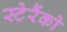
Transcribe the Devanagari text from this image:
स्टेरैंको